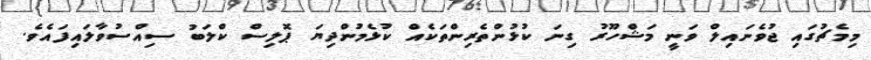
މިމެޗުގައި ޖުވެނައިލް ވަނީ މަޝްހޫރު ގިނަ ކުޅުންތެރިންތަކެއް ކުޅެމުންދިޔަ ޕޮލިސް ކްލަބު ސިއްސުވާލައިފައެވެ.